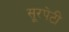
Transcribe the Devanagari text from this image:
सूरपेटी